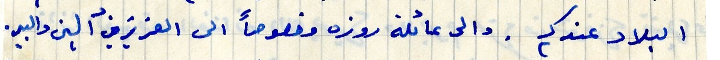
البلاد عندك . والى عائلة روزه وخصوصاً العزيزين ألين والبير.